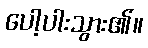
ပေါ့ပါးသွား၏။